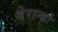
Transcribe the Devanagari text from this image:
वेरान्ज़ो